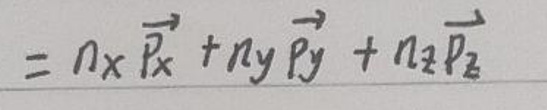
\[
= n_x \vec{p_x} + n_y \vec{p_y} + n_z \vec{p_z}
\]